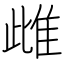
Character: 雌